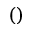
( )